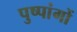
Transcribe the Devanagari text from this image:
पुष्पांगों